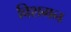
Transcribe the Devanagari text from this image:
विशमन